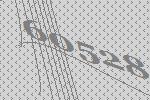
60528